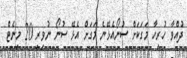
ދުއްވާ ހުރިހާ މަގަކަށް ސުނޯއެޅޭނެ މަގަށް އެޅޭ ސުނޯ ނުވިރި 20 މިނެޓް